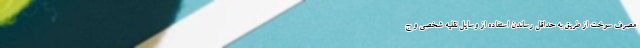
مصرف سوخت از طریق به حداقل رساندن استفاده از وسایل نقلیه شخصی و ج